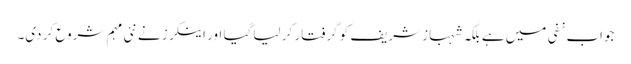
جواب نفی میں ہے بلکہ شہباز شریف کو گرفتار کر لیا گیا اور اینکرز نے نئی مہم شروع کر دی۔